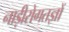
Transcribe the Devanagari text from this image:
नाड़ीरोगतज्ञों